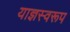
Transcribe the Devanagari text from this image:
याज्ञस्वरूप